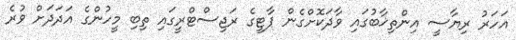
އަހަރު ރިޔާސީ އިންތިޚާބުގައި ވާދަކޮށްގެން ޕާޓީގެ ރަޖިސްޓްރީގައި ތިބި މީހުންގެ އަދަދަށް ވުރެ